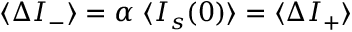
\langle \Delta I _ { - } \rangle = \alpha \; \langle I _ { s } ( 0 ) \rangle = \langle \Delta I _ { + } \rangle